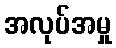
အလုပ်အမှု